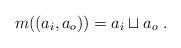
LaTeX: \begin{align*}m((a_i,a_o))=a_i\sqcup a_o\;.\end{align*}